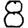
Digit: 8